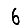
Digit: 6